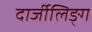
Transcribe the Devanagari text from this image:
दार्जीलिङ्ग